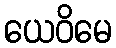
ယေဝိမေ